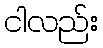
ငါလည်း